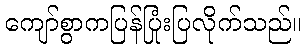
ကျော်စွာကပြန်ပြုံးပြလိုက်သည်။